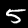
Label: 5